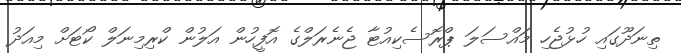
ތިނަދޫގައި ހުޅުޖެހި މައްސަލަ ޕްރޮސެކިއުޓާ ޖެނެރަލްގެ އޮފީހުން އަލުން ކްރިމިނަލް ކޯޓަށް މިއަދު